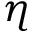
\eta